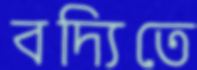
বদ্যিতে